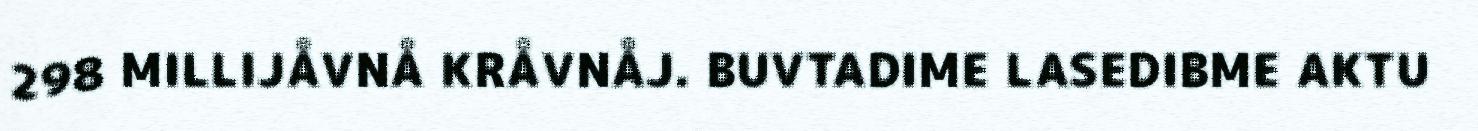
298 MILLIJÅVNÅ KRÅVNÅJ. BUVTADIME LASEDIBME AKTU